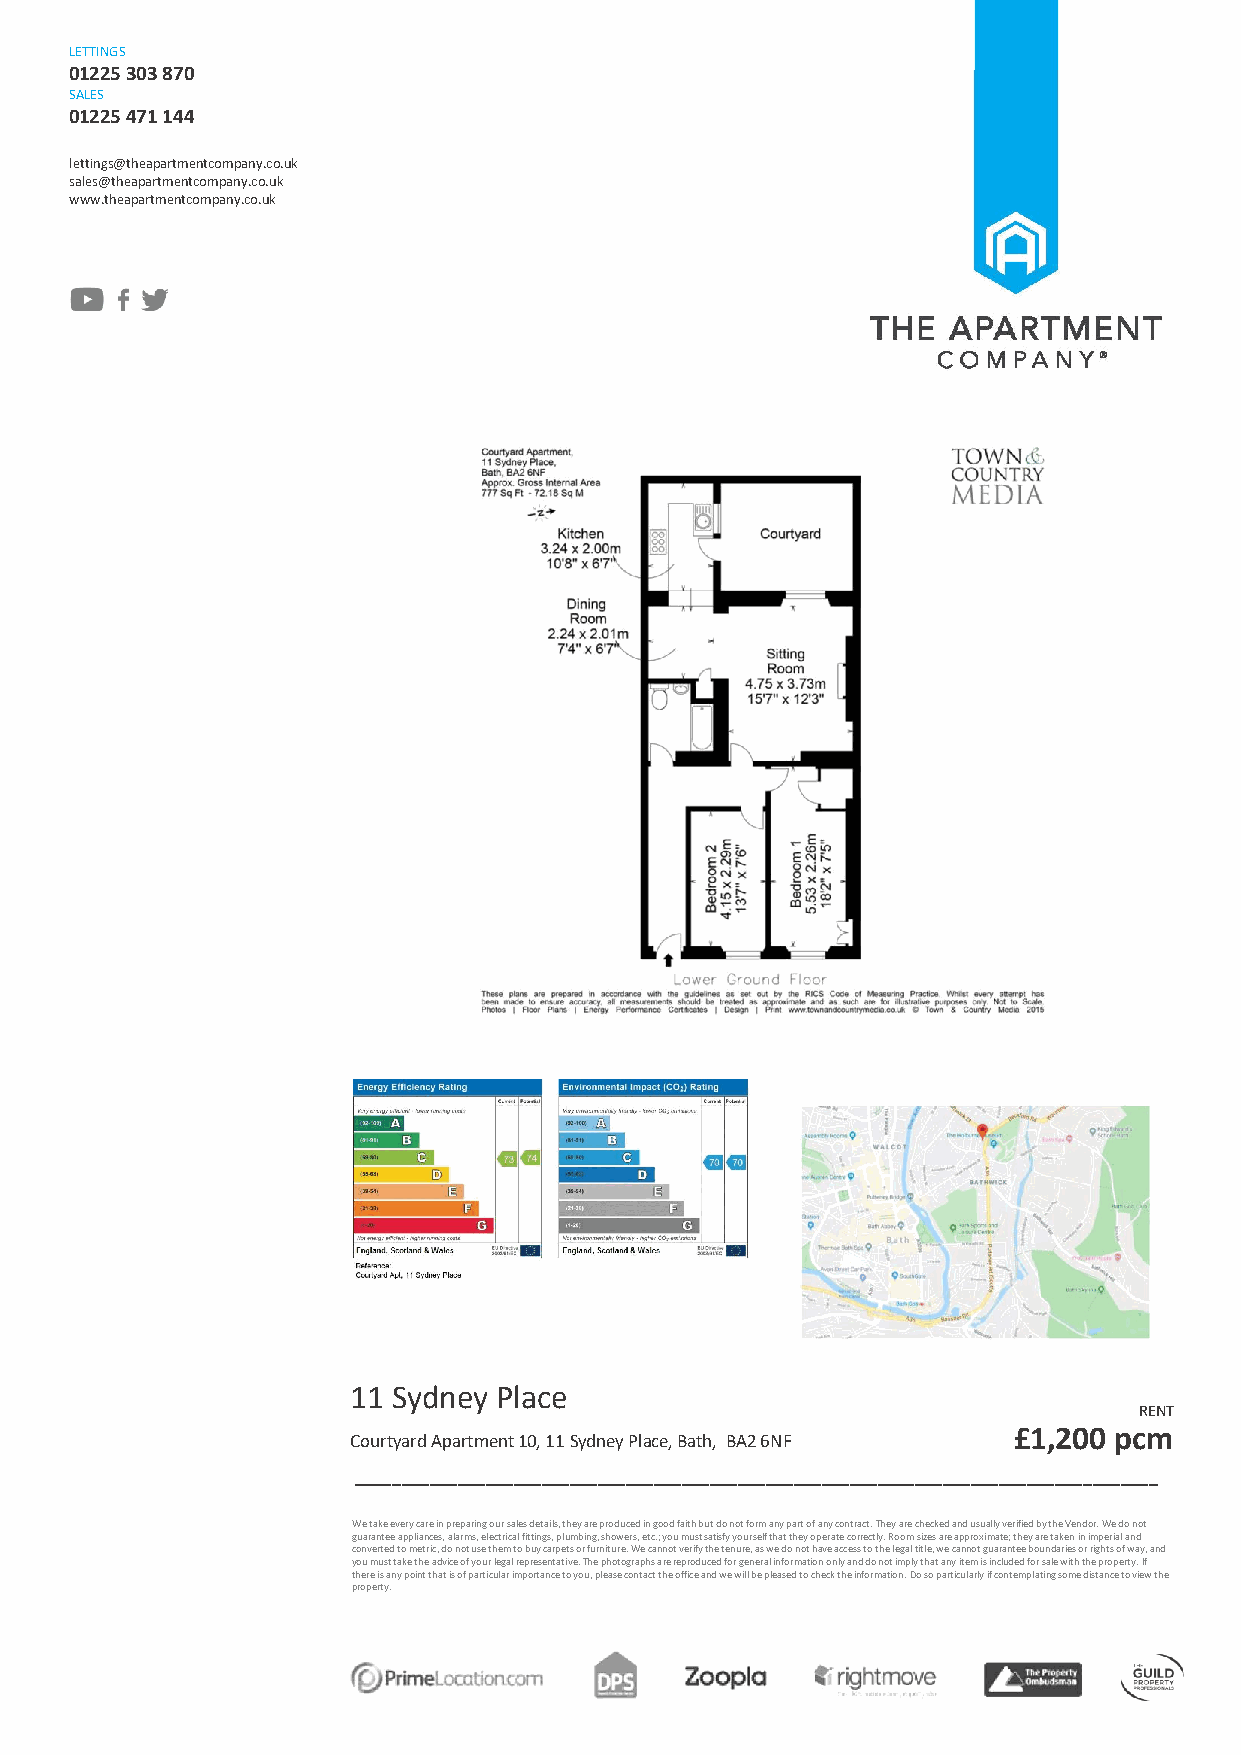
LETTINGS
 01225 303 870
 SALES
 01225 471 144
 lettings@theapartmentcompany.co.uk
 sales@theapartmentcompany.co.uk
 www.theapartmentcompany.co.uk
 11 Sydney Place
 RENT
 Courtyard Apartment 10, 11 Sydney Place, Bath, BA2 6NF
 £1,200 pcm
 __________________________________________________________________ ____________________
 We take every care in preparing our sales details, they are produced in good faith but do not form any part of any contract. They are checked and usually verified by the Vendor. We do not
 guarantee appliances, alarms, electrical fittings, plumbing, showers, etc.; you must satisfy yourself that they operate correctly. Room sizes are approximate; they are taken in imperial and
 converted to metric, do not use them to buy carpets or furniture. We cannot verify the tenure, as we do not have access to the legal title, we cann ot guarantee boundaries or rights of way, and
 you must take the advice of your legal representative. The photographs are reproduced for general information only and do not imply that any item is included for sale with the property. If
 there is any point that is of particular importance to you, please contact the office and we will be pleased to check the information. Do so particularly if contemplating some distance to view the
 property.